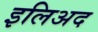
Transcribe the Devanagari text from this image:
इलिअद